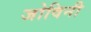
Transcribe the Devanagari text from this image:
जोविनी